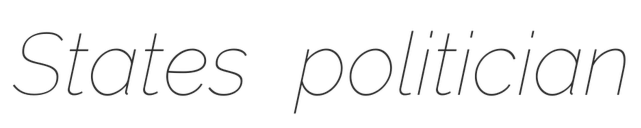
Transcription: States politician